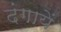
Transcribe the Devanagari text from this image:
दंगायें